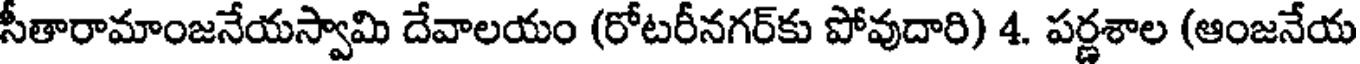
సీతారామాంజనేయస్వామి దేవాలయం (రోటరీనగర్కు పోవుదారి) 4. పర్ణశాల (ఆంజనేయ